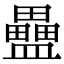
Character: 𥃇